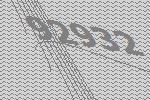
92932